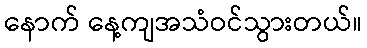
နောက် နေ့ကျအသံဝင်သွားတယ်။